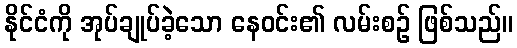
နိုင်ငံကို အုပ်ချုပ်ခဲ့သော နေဝင်း၏ လမ်းစဉ် ဖြစ်သည်။